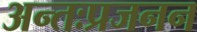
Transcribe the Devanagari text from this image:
अन्तःप्रजनन